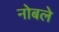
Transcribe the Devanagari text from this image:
नोबले